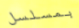
بمسلسل